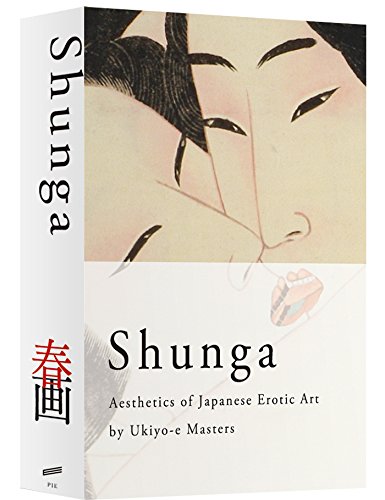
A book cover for Shunga: Aesthetics of Japanese Erotic Art by Ukiyo-e Masters; Pie Books; Arts & Photography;